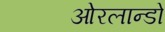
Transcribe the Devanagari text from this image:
ओरलान्डो